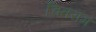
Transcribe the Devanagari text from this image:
चितराम